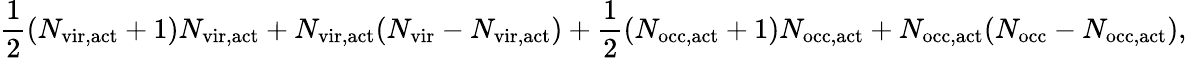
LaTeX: \frac{1}{2}(N_{\mathrm{vir,act}}+1)N_{\mathrm{vir,act}}+N_{\mathrm{vir,act}}(N_{\mathrm{vir}}-N_{\mathrm{vir,act}})+\frac{1}{2}(N_{\mathrm{occ,act}}+1)N_{\mathrm{occ,act}}+N_{\mathrm{occ,act}}(N_{\mathrm{occ}}-N_{\mathrm{occ,act}}),